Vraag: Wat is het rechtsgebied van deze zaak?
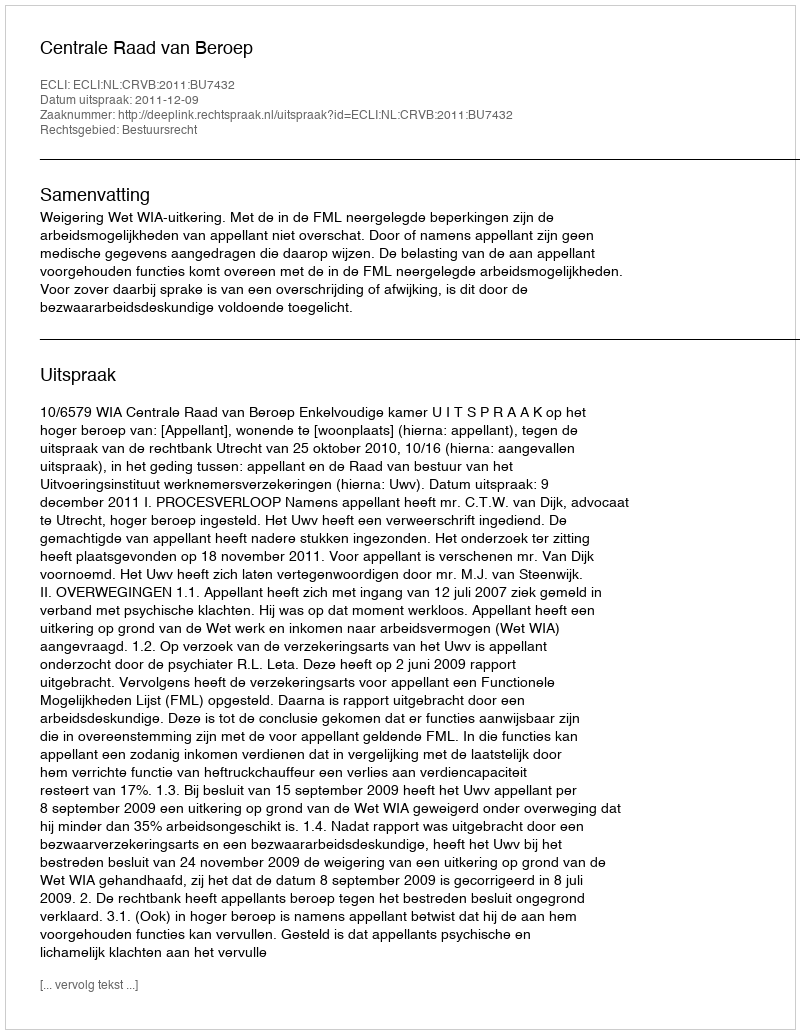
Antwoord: Bestuursrecht